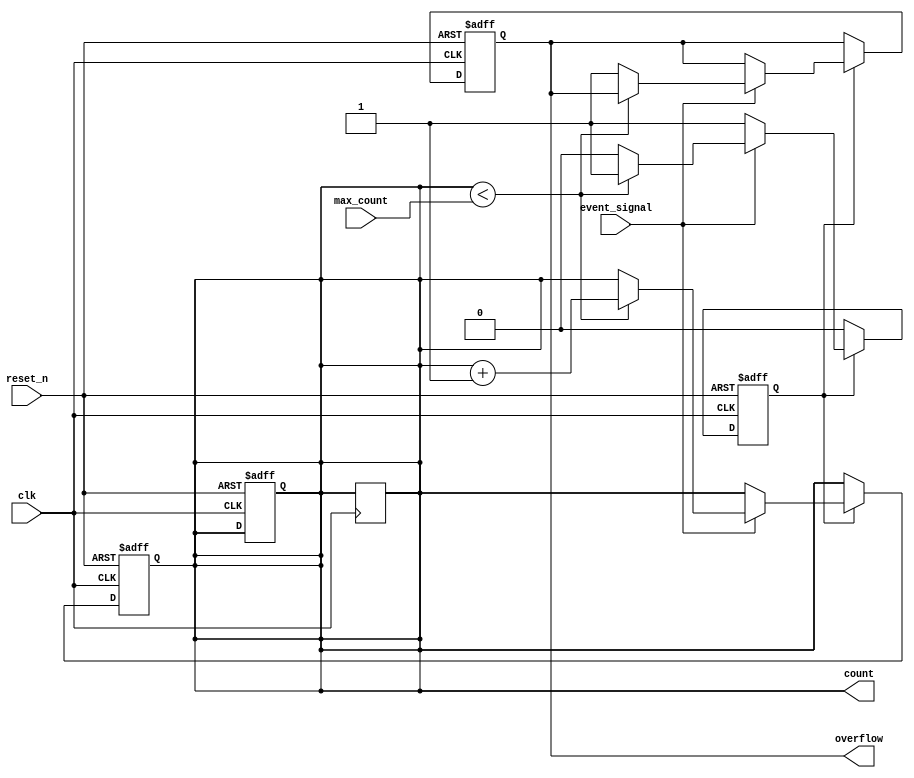
module EventTriggeredCounter (
    input wire clk,                // Clock signal
    input wire reset_n,            // Active low asynchronous reset
    input wire event_signal,        // Event trigger signal
    input wire [7:0] max_count,    // Maximum count value (preset)
    output reg [7:0] count,         // Current count value
    output reg overflow             // Overflow indicator
);

    // Internal signal for counting
    reg counting_enabled;

    // Memory block to store the count value
    reg [7:0] memory_block;

    // Synchronous reset and counting logic
    always @(posedge clk or negedge reset_n) begin
        if (!reset_n) begin
            count <= 8'b0;           // Reset count to 0
            memory_block <= 8'b0;     // Reset memory block
            overflow <= 1'b0;         // Clear overflow flag
            counting_enabled <= 1'b1; // Enable counting
        end else if (counting_enabled) begin
            if (event_signal) begin
                if (count < max_count) begin
                    count <= count + 1; // Increment count
                end else begin
                    overflow <= 1'b1;    // Set overflow flag
                    counting_enabled <= 1'b0; // Disable counting
                end
            end
        end
    end

    // Store the count in memory block
    always @(posedge clk) begin
        memory_block <= count; // Store current count in memory
    end

    // Output current count value
    assign count = memory_block;

endmodule